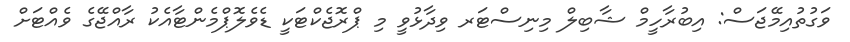
ވަގުތުއިމޭޖަސް: އިބުރާހީމް ޝާބިލް މިނިސްޓަރ ވިދާޅުވީ މި ޕްރޮޖެކްޓަކީ ޑެވެލޮޕްމެންޓާއެކު ރާއްޖޭގެ ވެއްޓަށް